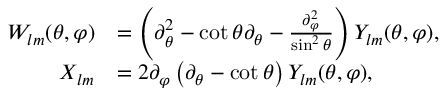
\begin{array} { r l } { W _ { l m } ( \theta , \varphi ) } & { = \left( \partial _ { \theta } ^ { 2 } - \cot \theta \partial _ { \theta } - \frac { \partial _ { \varphi } ^ { 2 } } { \sin ^ { 2 } \theta } \right) Y _ { l m } ( \theta , \varphi ) , } \\ { X _ { l m } } & { = 2 \partial _ { \varphi } \left( \partial _ { \theta } - \cot \theta \right) Y _ { l m } ( \theta , \varphi ) , } \end{array}